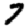
Digit: 7